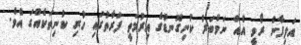
އަލިފާން ރޯވީ އެއް ނަމްބަރު ކުނިގޮނޑުގެ އިރުމަތީ ފަރާތުގައި ހުރި ކުނިތަކެއްގަ އެވެ.